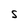
Character: S